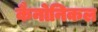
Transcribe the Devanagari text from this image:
कैनोनिकल